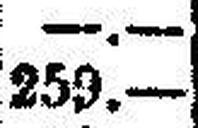
259.—